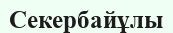
Секербайұлы